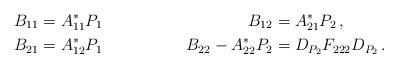
LaTeX: \begin{align*} B_{11}&=A_{11}^*P_1 & B_{12}&=A_{21}^*P_2\,, \\ B_{21}&=A_{12}^*P_1 & B_{22} - A_{22}^*P_2&=D_{P_2}F_{222}D_{P_2}\,. \end{align*}